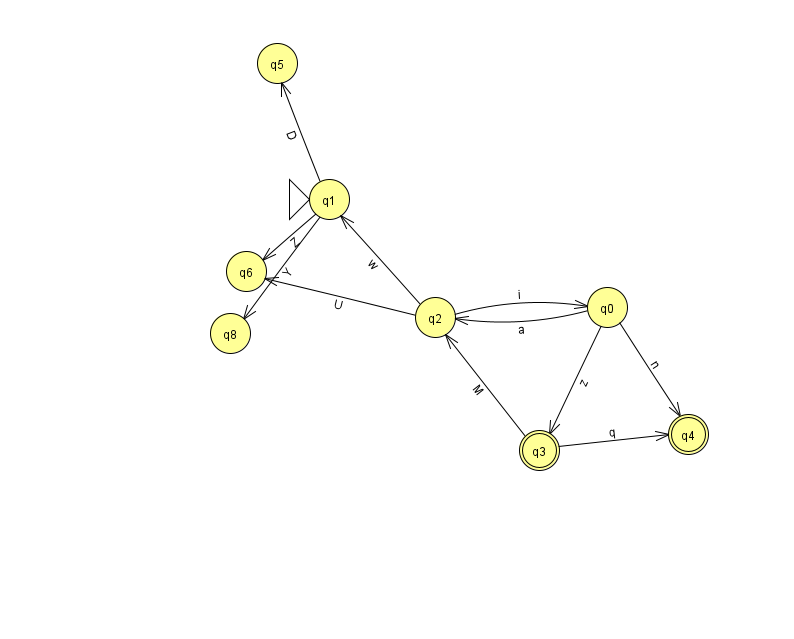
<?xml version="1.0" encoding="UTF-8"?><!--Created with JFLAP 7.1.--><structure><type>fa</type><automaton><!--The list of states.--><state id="0" name="q0"><x>607.0</x><y>294.0</y></state><state id="1" name="q1"><x>329.0</x><y>186.0</y><initial/></state><state id="2" name="q2"><x>435.0</x><y>304.0</y></state><state id="3" name="q3"><x>539.0</x><y>437.0</y><final/></state><state id="4" name="q4"><x>688.0</x><y>421.0</y><final/></state><state id="5" name="q5"><x>277.0</x><y>50.0</y></state><state id="6" name="q6"><x>246.0</x><y>258.0</y></state><state id="8" name="q8"><x>230.0</x><y>320.0</y></state><!--The list of transitions.--><transition><from>1</from><to>6</to><read>Z</read></transition><transition><from>2</from><to>6</to><read>U</read></transition><transition><from>2</from><to>0</to><read>i</read></transition><transition><from>3</from><to>4</to><read>q</read></transition><transition><from>3</from><to>2</to><read>M</read></transition><transition><from>1</from><to>8</to><read>Y</read></transition><transition><from>1</from><to>5</to><read>D</read></transition><transition><from>2</from><to>1</to><read>w</read></transition><transition><from>0</from><to>2</to><read>a</read></transition><transition><from>0</from><to>3</to><read>z</read></transition><transition><from>0</from><to>4</to><read>n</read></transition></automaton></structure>